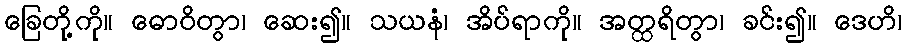
ခြေတို့ကို။ ဓောဝိတွာ၊ ဆေး၍။ သယနံ၊ အိပ်ရာကို။ အတ္ထရိတွာ၊ ခင်း၍။ ဒေဟိ၊